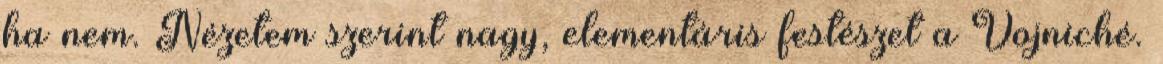
ha nem. Nézetem szerint nagy, elementáris festészet a Vojniché.